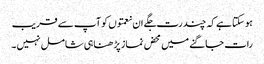
ہو سکتا ہے کہ چند رت جگے ان نعمتوں کو آپ سے قریب
رات جاگنے میں محض نماز پڑ ھنا ہی شامل نہیں ۔